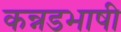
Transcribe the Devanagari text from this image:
कन्नडभाषी